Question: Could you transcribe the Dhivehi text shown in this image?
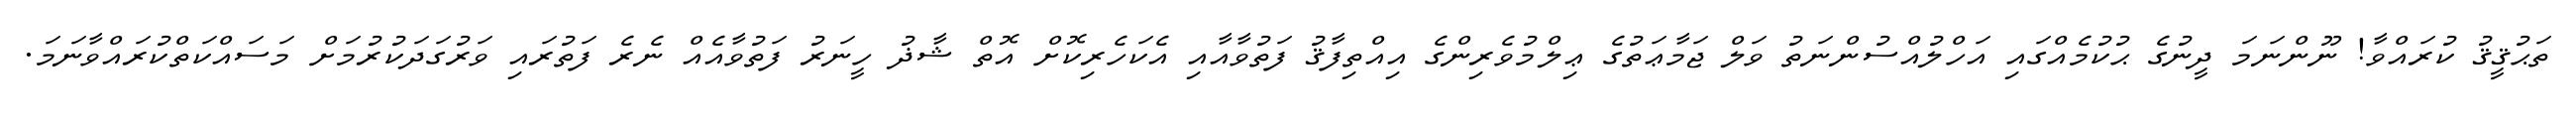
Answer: ތަޙުޤީޤު ކުރައްވާ! ނޫންނަމަ ދީނުގެ ޙުކުމެއްގައި އަހްލުއްސުންނަތު ވަލް ޖަމާޢަތުގެ ޢިލްމުވެރިންގެ އިއްތިފާޤު ފަތުވާއާއި އެކަހެރިކޮށް އޮތް ޝާޛު ހީނަރު ފަތުވާއެއް ނެރެ ފަތުރައި ވަރުގަދަކުރުމަށް މަސައްކަތްކުރައްވާނަމަ.